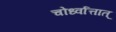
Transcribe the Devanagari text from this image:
चोर्ध्वात्तात्